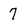
Character: 7